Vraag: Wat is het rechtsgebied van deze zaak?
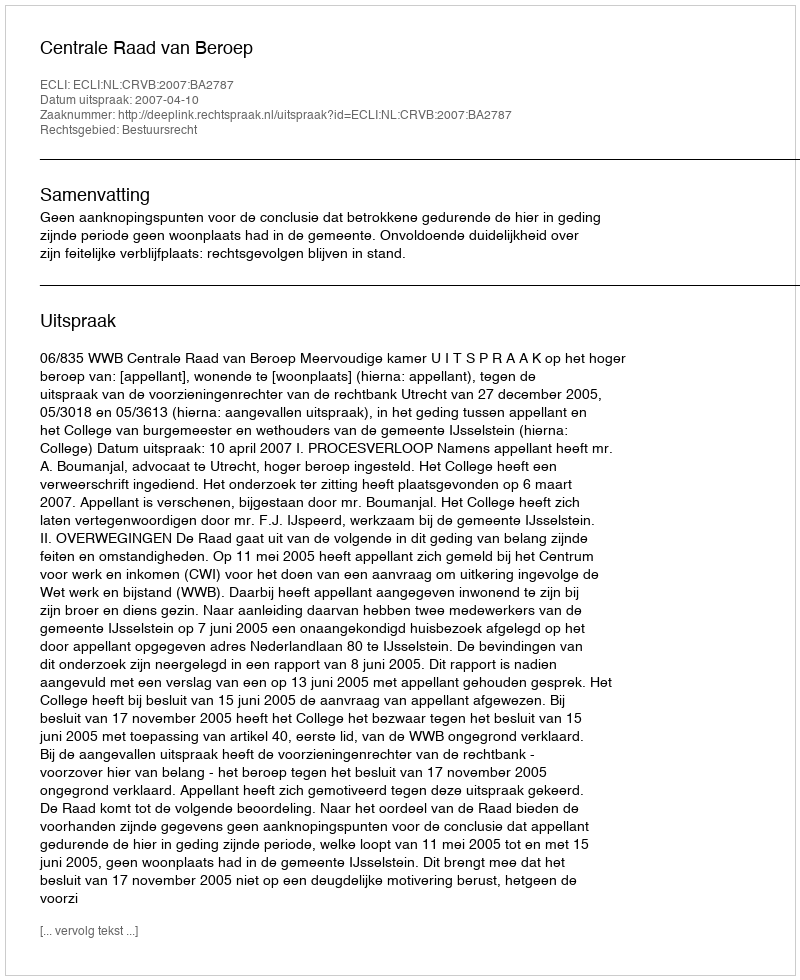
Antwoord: Bestuursrecht